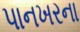
પાનખરના